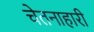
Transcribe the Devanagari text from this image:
चेतनाहारी